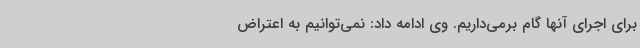
برای اجرای آنها گام برمی‌داریم. وی ادامه داد: نمی‌توانیم به اعتراض